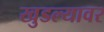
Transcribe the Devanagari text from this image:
खुडल्यावर